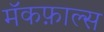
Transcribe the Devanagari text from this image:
मॅकफ़ाल्स